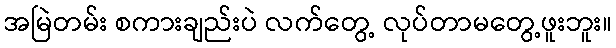
အမြဲတမ်း စကားချည်းပဲ လက်တွေ့ လုပ်တာမတွေ့ဖူးဘူး။